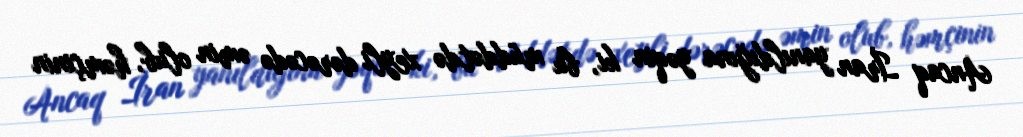
Ancaq İran yanıldığına yəqin ki, bu müddətdə xeyli dərəcədə əmin olub, həmçinin